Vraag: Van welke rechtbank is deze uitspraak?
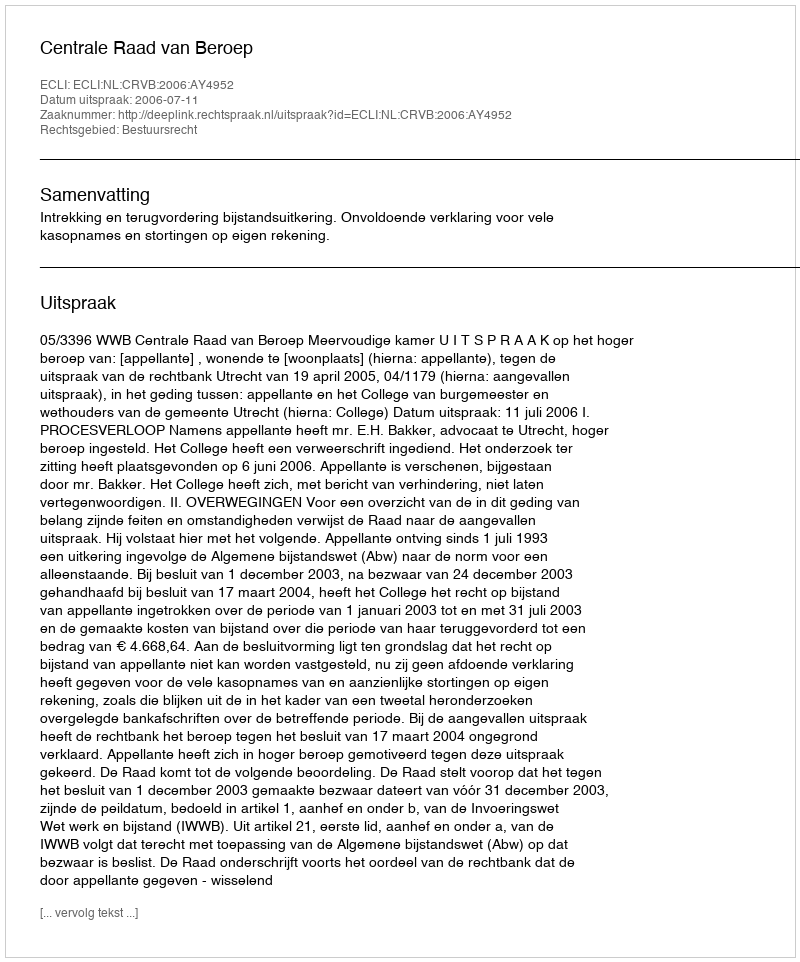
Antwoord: Centrale Raad van Beroep